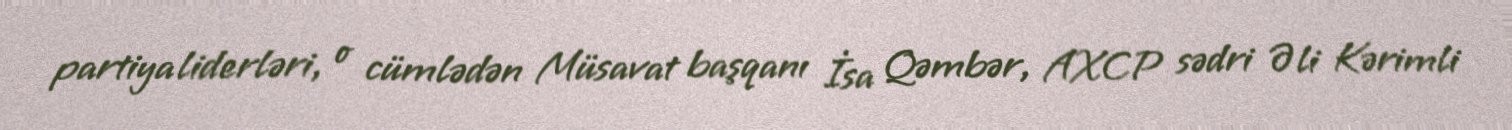
partiya liderləri, o cümlədən Müsavat başqanı İsa Qəmbər, AXCP sədri Əli Kərimli